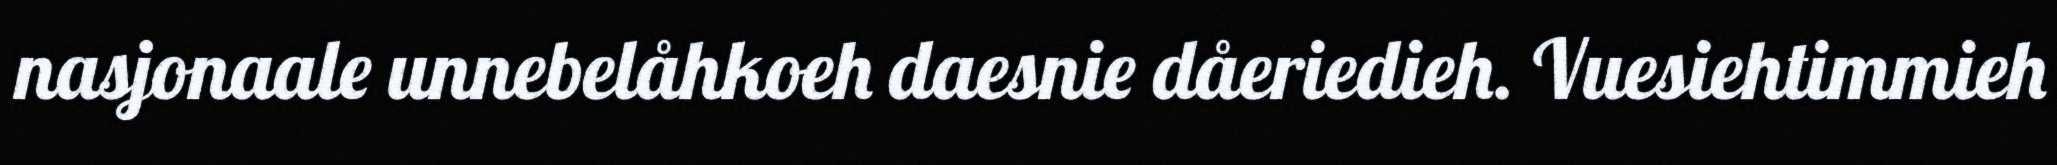
nasjonaale unnebelåhkoeh daesnie dåeriedieh. Vuesiehtimmieh